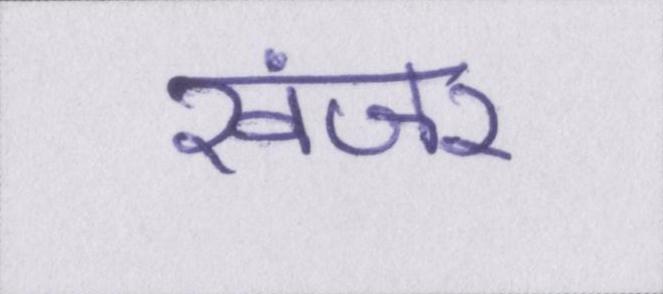
खंजर